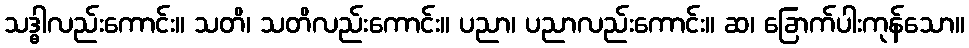
သဒ္ဓါလည်းကောင်း။ သတိ၊ သတိလည်းကောင်း။ ပညာ၊ ပညာလည်းကောင်း။ ဆ၊ ခြောက်ပါးကုန်သော။